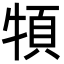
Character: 𩑩